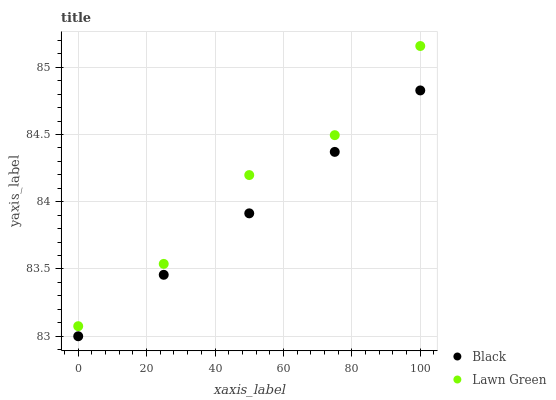
| xaxis_label | Black | Lawn Green |
 | --- | --- | --- |
 | 0 | 83 | 83.1 |
 | 25 | 83.5 | 83.5 |
 | 50 | 83.9 | 84.2 |
 | 75 | 84.4 | 84.5 |
 | 100 | 84.8 | 85.2 |